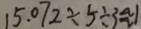
1 5 . 0 7 2 \div 5 \div 3 \approx 1